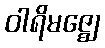
ဝါရိမဇ္ဈေ